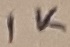
Text: 1K